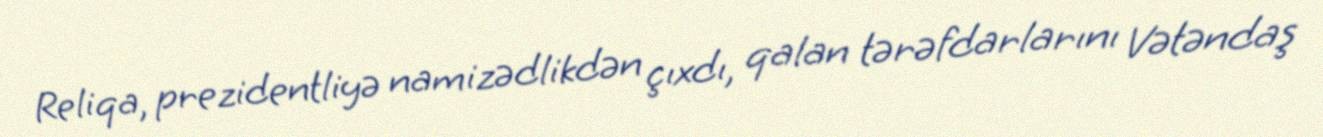
Reliqa, prezidentliyə namizədlikdən çıxdı, qalan tərəfdarlarını Vətəndaş